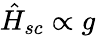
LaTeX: \hat{H}_{sc}\propto g